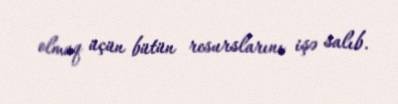
olmaq üçün bütün resurslarını işə salıb.